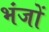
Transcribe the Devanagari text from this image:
भंजों